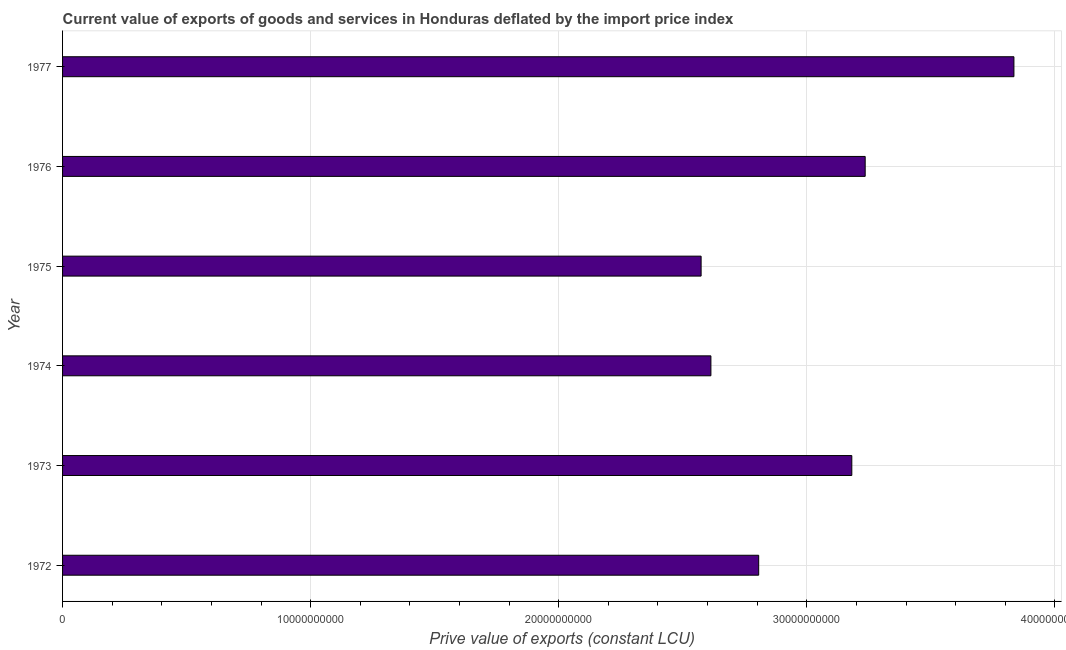
| Year | Exports as a capacity to import (constant LCU) |
 | --- | --- |
 | 1972 | 2.81e+10 |
 | 1973 | 3.18e+10 |
 | 1974 | 2.61e+10 |
 | 1975 | 2.57e+10 |
 | 1976 | 3.24e+10 |
 | 1977 | 3.83e+10 |